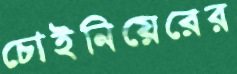
চোইনিয়েরের